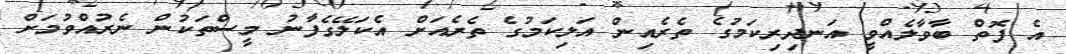
އެ ފޮތް ބާވާލެއްވީ އަނދިރިކަމުގެ ތެރެއިން އަލިކަމުގެ ތެރެއަށް އެކަލޭގެފާނު މީސްތަކުން ނެރުއްވުމަށް